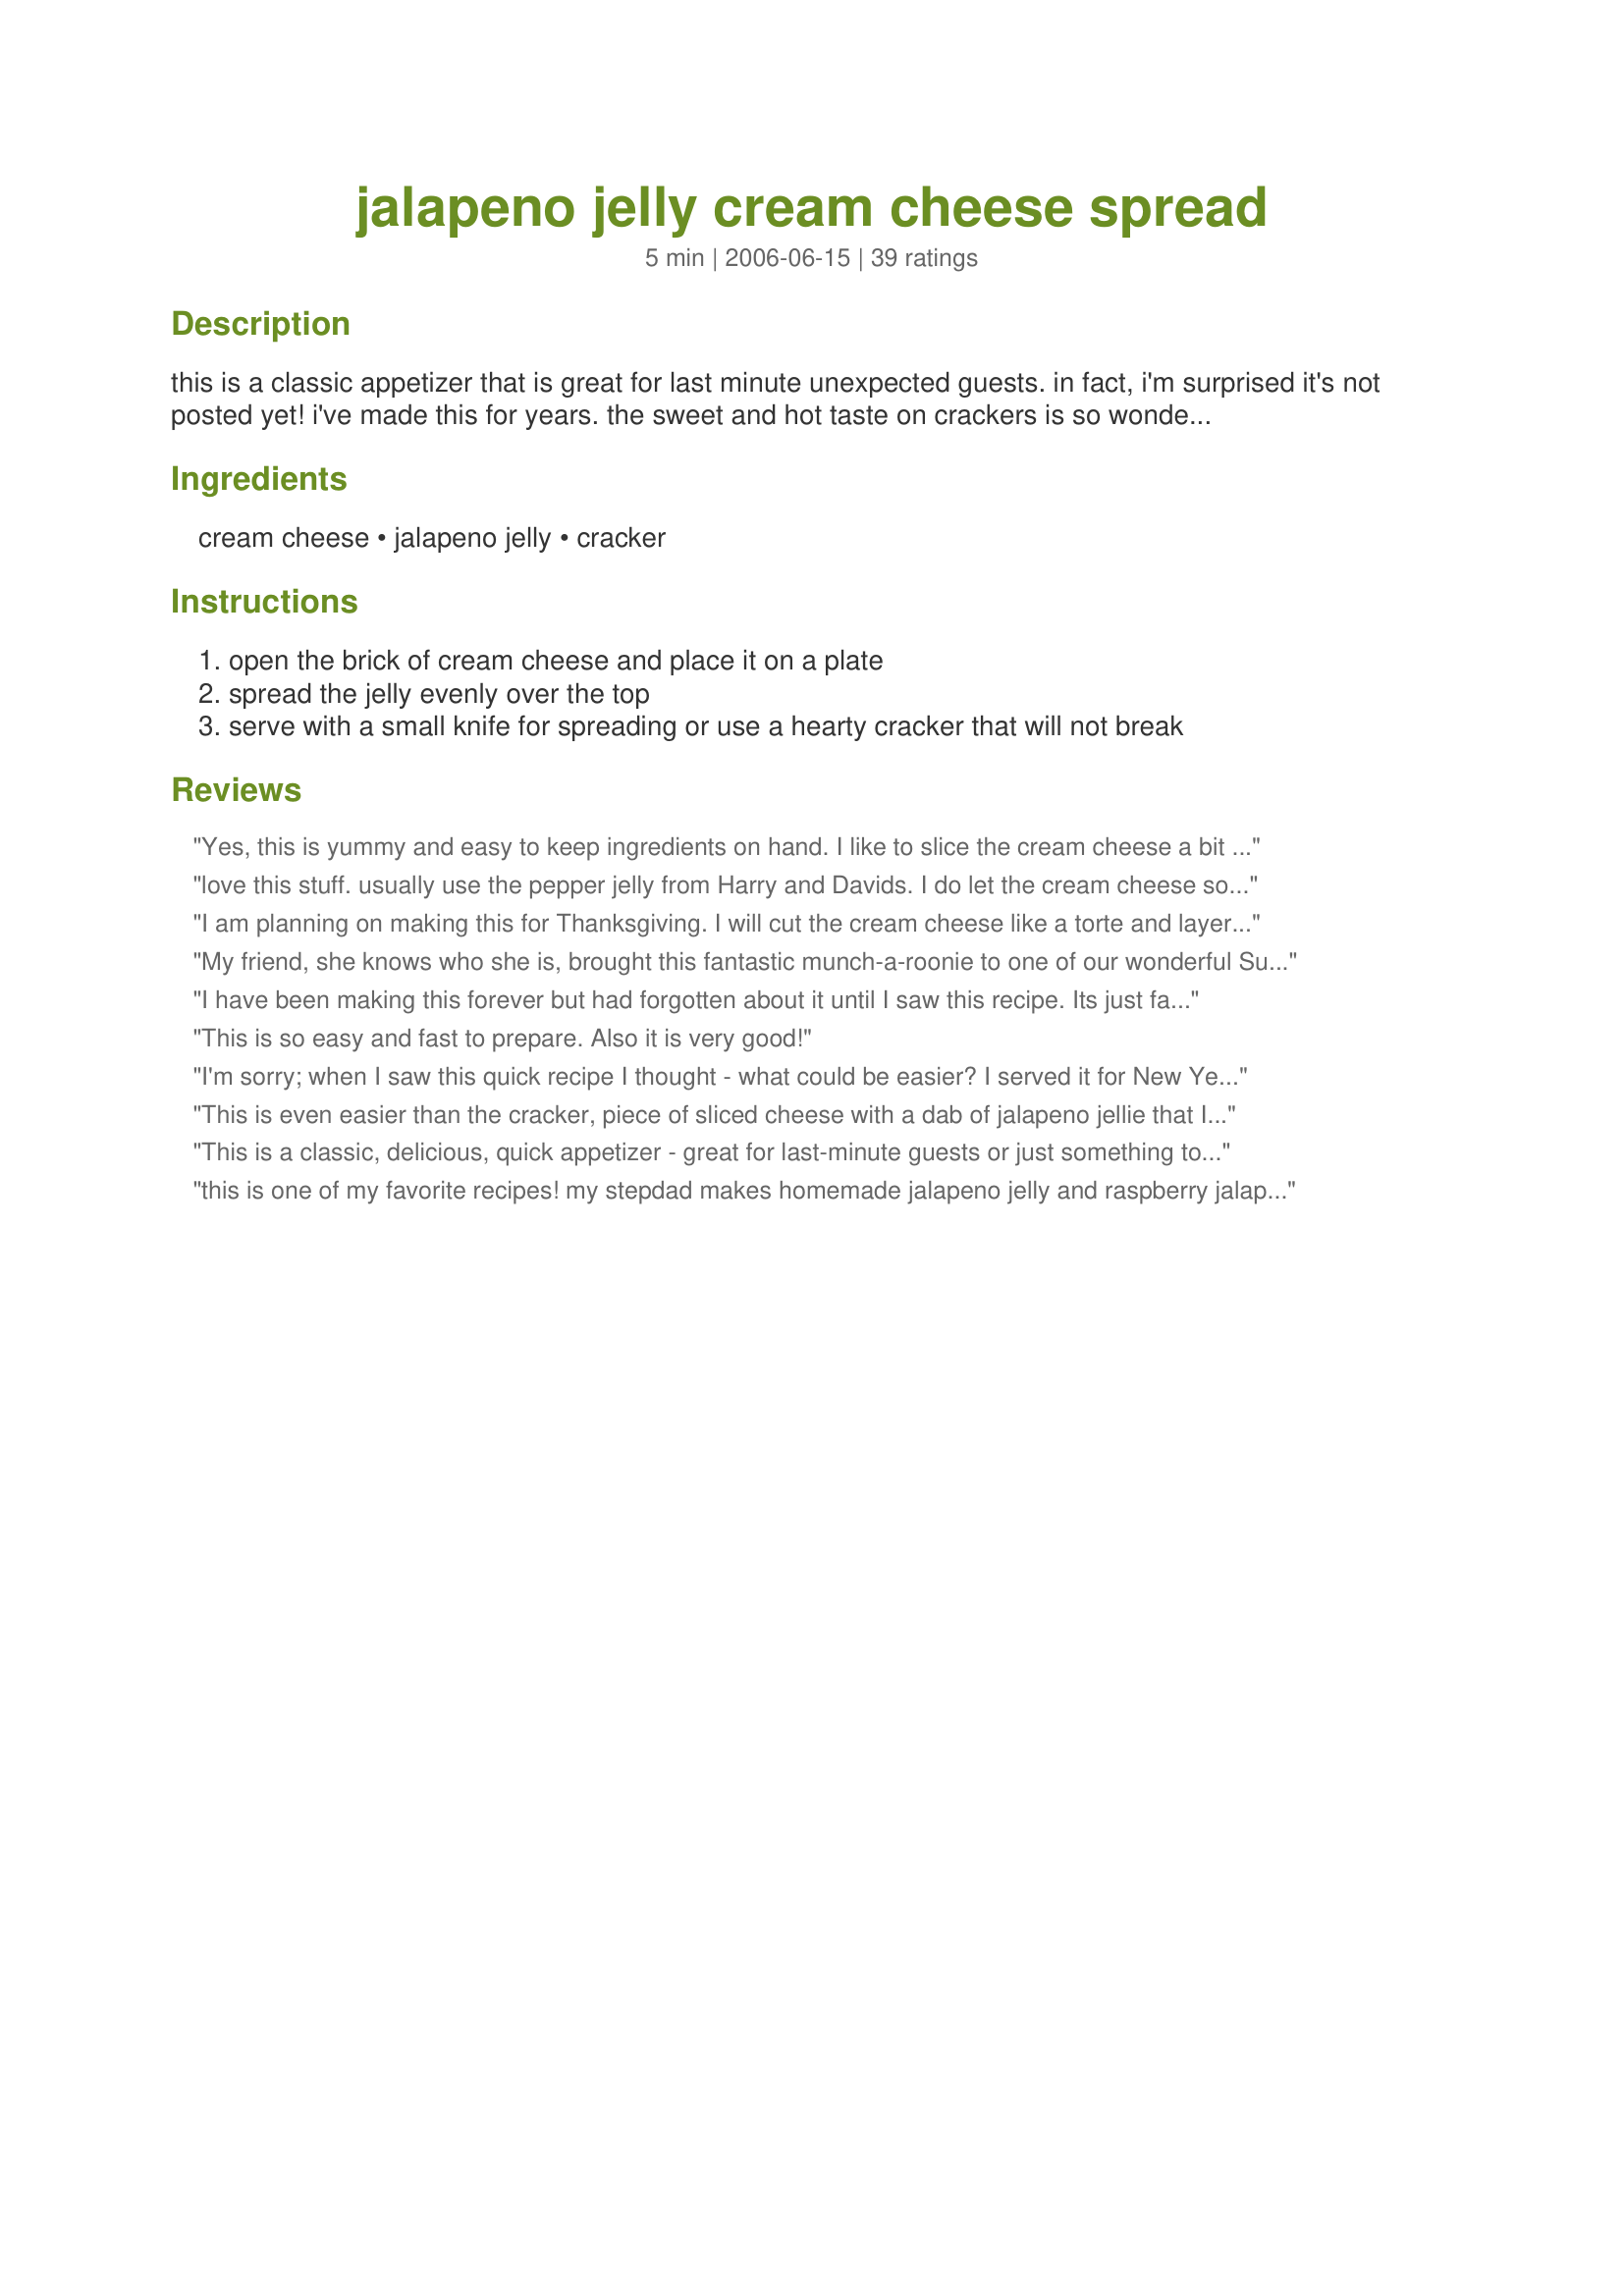
jalapeno jelly cream cheese spread
Preparation time: 5 minutes

this is a classic appetizer that is great for last minute unexpected guests. in fact, i'm surprised it's not posted yet! i've made this for years. the sweet and hot taste on crackers is so wonderful!

Ingredients:
cream cheese, jalapeno jelly, cracker

Steps:
open the brick of cream cheese and place it on a plate
spread the jelly evenly over the top
serve with a small knife for spreading or use a hearty cracker that will not break

Reviews:
Yes, this is yummy and easy to keep ingredients on hand. I like to slice the cream cheese a bit and layer (like canned cranberries)then pour jelly over the top. It shows better!
love this stuff. usually use the pepper jelly from Harry and Davids. I do let the cream cheese soften and then mix it together. I get a lot of "ooh boy you made your puke dip again!" lol It's not that pretty but it does seem to disappear really quickly anyway! :) delish!
I am planning on making this for Thanksgiving. I will cut the cream cheese like a torte and layer with cranberry spread and hot pepper jelly.
My friend, she knows who she is, brought this fantastic munch-a-roonie to one of our wonderful Sunday Fundays at local watering hole. Being of English lineage this was very similar to things I grew up with. From clotted cream, puddings (not anything you have eaten in the USA....pudding is an English art), and baked brie-oozing with nuts and berries. This is so simple. And you can use almost anything your mind can come up with. My friend was so nice, she brought a jar of raspberry and jalapeno jam from a company at a farmer's market she visits. Now I know what I am bringing this Sunday Funday!!!!
I have been making this forever but had forgotten about it until I saw this recipe. Its just fabulous - and sooooo easy. I have never served this that everyone didn't love it.
This is so easy and fast to prepare. Also it is very good!
I'm sorry; when I saw this quick recipe I thought - what could be easier? I served it for New Year's Eve and no one cared for it. I may try again mixing in more pepper and maybe garlic. It just didn't go over well and I was sooo disappointed.
This is even easier than the cracker, piece of sliced cheese with a dab of jalapeno jellie that I've made in the past. Kuddos
This is a classic, delicious, quick appetizer - great for last-minute guests or just something to nibble. I like to use Riffraff's Hot Pepper Garlic Jelly #95632, which I canned last fall, and reduced-fat cream cheese, with reduced-fat Wheat Thins crackers. Delicious!
this is one of my favorite recipes! my stepdad makes homemade jalapeno jelly and raspberry jalapeno jelly. i like to serve both since it's holiday colors, but my favorite is the raspberry jalapeno!! thanks for posting. this is a super easy and tasty keeper!!
YES! YES!! YES!!! If you try this and DO NOT like it...what planet are you from???
Absolutely loved this ! It has to be the easiest appetizer in the worldI. I brought it to a friend's for New Year's and it was devoured. I had previously made my own Jalapeno jelly so I just grabbed a jar of that and brought the cream cheese and crackers and assembled when we got there. How easy is that? I still have cream cheese in my fridge but ran out of jalapeno jello so I guess I'll be making more of that soon as I want to have all of the ingredients on hand for this easy appetizer. Thanks so much for making my New Year's a little less stressful !
A must have in the fridge for us- great supper when you add some smoked salmon.
We serve this each year at our Christmas Party. Everyone seems to love it. We order the Jalapeno Jam or Pepper Jam from Kitchen Kettle in PA.
So simple and wonderful. My guests loved it and were surprised when I said how to make it.
This is fabulous and very attractive.
this is an excellent appetizer, never would have tried it but a co-worker used to go to TX and get this wonderful pepper chutney and bring it to the potlucks - it was delish!!
Also took others advice and mixed together... Had with wheat thins WOW so Yummy and super easy
This is a great appetizer...looks nice to use red and green pepper jelly at Christmastime. Good with Triscuits. I've been doing this for years. A no-fail, simple appetizer that gives you time back with your guests instead of fussing over something!
This is one of my all-time favorite snacks. Similar flavor to eating jalapeno poppers with hot pepper jelly. Cream cheese goes with just about everything but the spicy-sweet combo is something special.
I put this on the platter and DH said it looked horrible and no one would eat it...well...it was hit of my cocktail party. Everyone LOVED it and it was the only plate empty at the end of the party. So easy to do, I will now be keeping a jar of jalapeno jelly on hand for surprise guests and weekend munching. Thank you so much for posting this.
Yep, this is great I have made it many times with my own homemade hot pepper jelly. Always a hit served with crackers, sometime I have added some ham to layer on the crackers.
Thank you for posting this simple but delicious recipe.

Definitely great! I love it with Fritos best but any cracker is good.
I'd stick my head into this for the ultimate jalapeno experience, but jalapenos burn too much (used recipe #474371)
I make a lime/tomatillo jam that works fantastically well for this recipe. I also make a super hot red habanero jam that I serve on the side for those sissies who don't eat spicy things. I once had someone try the habanero jam straight, and his screams could be heard throughout the whole county. Anyway, this is a classic recipe that lends itself to nearly any jam or jelly; the more unusual the better. The jalapeno original goes back about 50 years. Be creative.
My favorite appetizer and party food!
I had this at a Super Bowl party several years ago, and occasionally make it for company. I use Keebler's Town House crackers; the flavors go well together. Thanks for sharing.
Super easy for an appetizer! I used habanero jelly.
I use this recipe with different gourmet jalapeno jellies (My favorite is blackberry jalapeno). At Christmas time I make a festive platter with the cream cheese cut diagonally with the squared sides together, making a Christmas tree. It was a hit for the table, many compliments were made on how cute it was.
Amazingly easy and good!!! Great with bagel bites crackers. Thanks for sharing---this is wonderful!
I know, it's almost embarassing! But this is one of my all time fav's & every time I serve it there is never any leftovers! I serve it with Wheat THins, but almost anything will do. Try it-I'm SURE you will like it!!
I absolutely love this dip/spread! I first tried this method a few years back. I was in the grocery store next to the jalapeno jelly when two people were in the aisle talking about this appetizer of how yummy it was and that they would always take it to get-togethers. Me thinking it sounded a little weird, I thought I would go ahead and try it and picked up a thing of jalapeno jelly. I have been addicted to this since then! Its so creamy! And Im always in love with the sweet and spicy combos. This is great as an appetizer to take to parties. Or even better as a snack, that way you get it all to yourself! Club crackers are my favorite to eat with this. And I do like my cream cheese to be softened slightly but still have a chill on it. I tell people about this all the time and they think Im weird. But you cant knock it until you try it! Its so addicting!
Love this combination. I could easily eat the whole thing. I usually microwave the brick of cream cheese on 1/2 power for a minute or so to soften. Our favorite crackers are either Wheat Thins, Triscuits or Water Wafers. When we run out of those, we resort to spoons! Try recipe #68118 for the easiest (and inexpensive) pepper jelly! Thanks for posting!
We have been making this for a couple of years now. This is the recipe we use for our Thanksgiving and Christmas gatherings. Everyone that tries this, loves it.
I have loved this combo since I was a little girl and now my kids do to. I made this for our Super Bowl buffet table. It was gone before half time. thank you so much for reminding me of a great appetizer.
This is one of my favorite dips! I always soften the cream cheese and mix it with the jelly. It is great with Harry & David's Pepper & Onion relish.
I serve this all the time and I have a great recipe for the Jalapeno Jelly from on here(Food.com).<br/><br/>Recipe #58516
I made this for Thanksgiving and it was a huge hit. And SO easy! I mixed the ingredients together into a pink slurry. OMG!
This is great! I took some advice and just mxed it all together and we ate it with butter crackers, it is wonderful! I call it hot pink dip because if the pink color it takes on after it is all mixed together and it is hot! Thanks!
